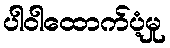
ပါဝါထောက်ပံ့မှု